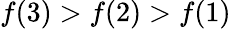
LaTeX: f(3)>f(2)>f(1)